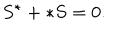
LaTeX: S ^ { \star } + \ast S = 0 .